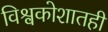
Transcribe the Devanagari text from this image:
विश्वकोशातही